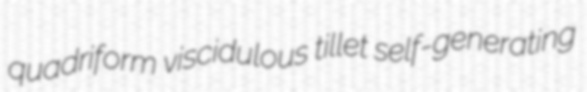
quadriform viscidulous tillet self-generating